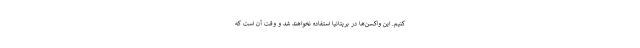
کنیم. این واکسن‌ها در بریتانیا استفاده نخواهند شد و وقت آن است که